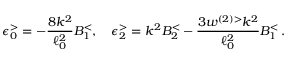
\epsilon _ { 0 } ^ { > } = - \frac { 8 k ^ { 2 } } { \ell _ { 0 } ^ { 2 } } B _ { 1 } ^ { < } , \quad \epsilon _ { 2 } ^ { > } = k ^ { 2 } B _ { 2 } ^ { < } - \frac { 3 w ^ { ( 2 ) > } k ^ { 2 } } { \ell _ { 0 } ^ { 2 } } B _ { 1 } ^ { < } \, .